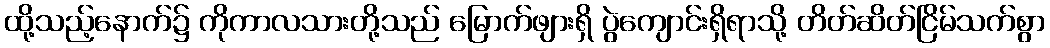
ထို့သည့်နောက်၌ ကိုကာလသားတို့သည် မြောက်ဖျားရှိ ပွဲကျောင်းရှိရာသို့ တိတ်ဆိတ်ငြိမ်သက်စွာ